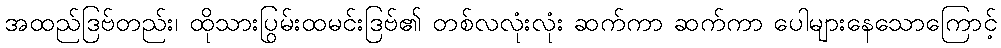
အထည်ဒြဗ်တည်း၊ ထိုသားပြွမ်းထမင်းဒြဗ်၏ တစ်လလုံးလုံး ဆက်ကာ ဆက်ကာ ပေါများနေသောကြောင့်